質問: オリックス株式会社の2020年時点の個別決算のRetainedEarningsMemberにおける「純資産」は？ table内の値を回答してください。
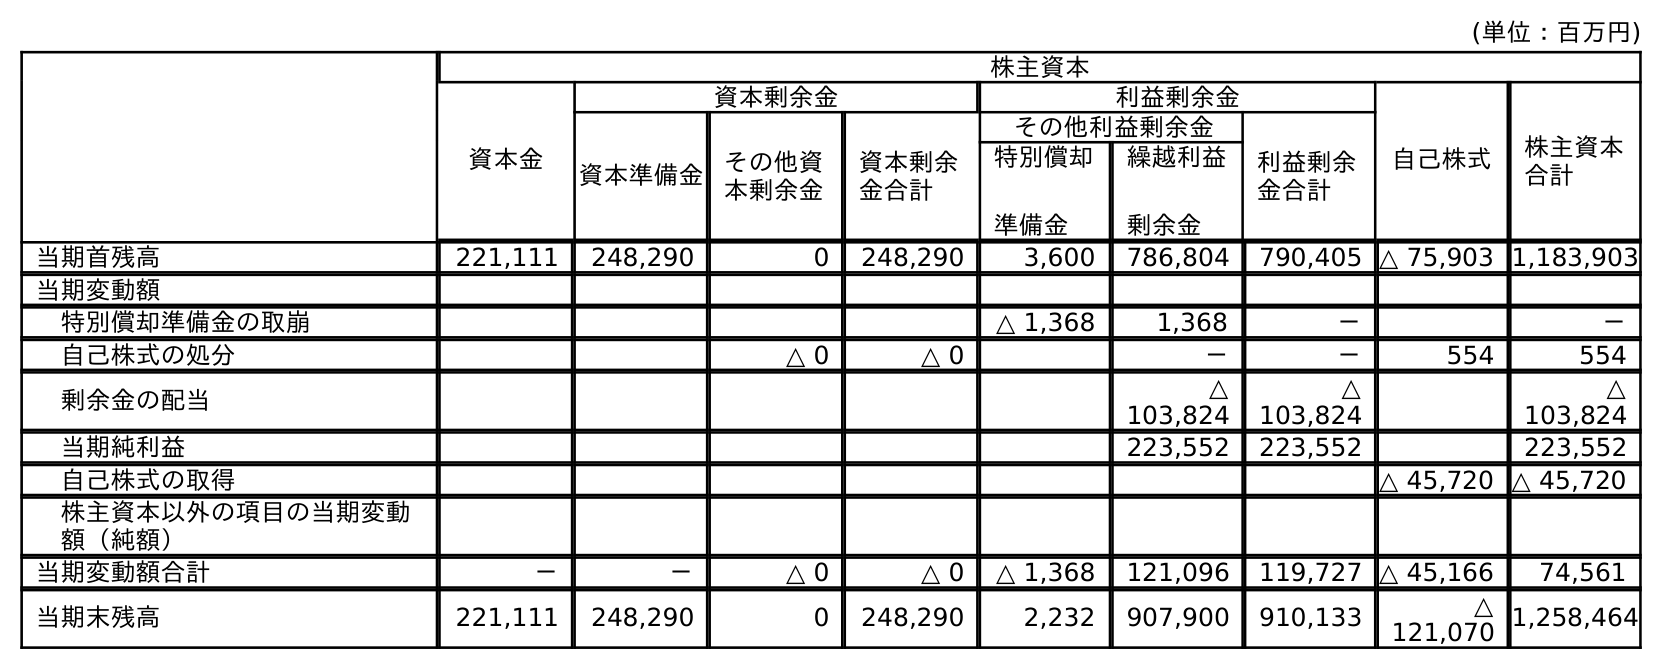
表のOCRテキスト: (単位：百万円) 株主資本 資本金 資本剰余金 利益剰余金 自己株式 株主資本 合計 資本準備金 その他資 本剰余金 資本剰余 金合計 その他利益剰余金 利益剰余 金合計 特別償却 準備金 繰越利益 剰余金 当期首残高 221,111 248,290 0 248,290 3,600 786,804 790,405 △ 75,903 1,183,903 当期変動額 特別償却準備金の取崩 △ 1,368 1,368 － － 自己株式の処分 △ 0 △ 0 － － 554 554 剰余金の配当 △ 103,824 △ 103,824 △ 103,824 当期純利益 223,552 223,552 223,552 自己株式の取得 △ 45,720 △ 45,720 株主資本以外の項目の当期変動 額（純額） 当期変動額合計 － － △ 0 △ 0 △ 1,368 121,096 119,727 △ 45,166 74,561 当期末残高 221,111 248,290 0 248,290 2,232 907,900 910,133 △ 121,070 1,258,464
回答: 910,133